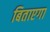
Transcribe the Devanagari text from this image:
बिताएगा